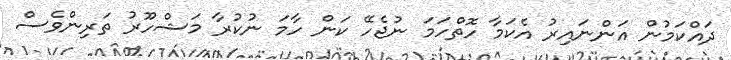
ދައްކަމުން އަންނައިރު އެކަމާ ހޮތްހަމަ ނުޖެހޭ ކަން ހާމަ ނުކުރާ މަޝްހޫރު ތަރިންވެސް